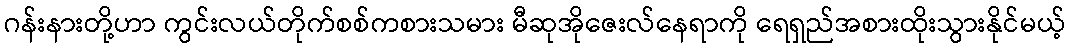
ဂန်းနားတို့ဟာ ကွင်းလယ်တိုက်စစ်ကစားသမား မီဆုအိုဇေးလ်နေရာကို ရေရှည်အစားထိုးသွားနိုင်မယ့်